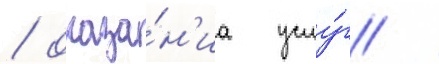
/ оказа́н'иа услу́г /